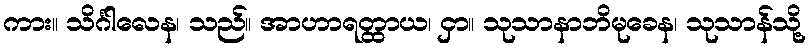
ကား။ သိင်္ဂါလေန၊ သည်။ အာဟာရတ္ထာယ၊ ငှာ။ သုသာနာဘိမုခေန၊ သုသာန်သို့